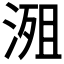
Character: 𣹖